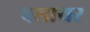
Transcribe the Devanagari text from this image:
वलायर